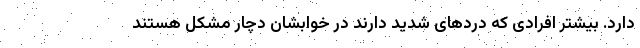
دارد. بیشتر افرادی که دردهای شدید دارند در خوابشان دچار مشکل هستند